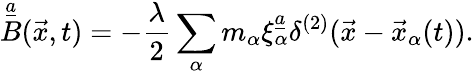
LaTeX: \mathop{B}^{\underline{{{a}}}}(\vec{x},t)=-{\frac{\lambda}{2}}\sum_{\alpha}m_{\alpha}\xi_{\alpha}^{\underline{{{a}}}}\delta^{(2)}(\vec{x}-\vec{x}_{\alpha}(t)).